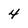
Character: 4